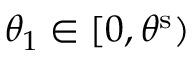
\theta _ { 1 } \in [ 0 , \theta ^ { \mathrm { s } } )